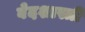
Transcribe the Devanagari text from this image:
वेदशास्त्री